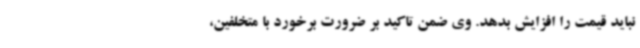
نباید قیمت را افزایش بدهد. وی ضمن تاکید بر ضرورت برخورد با متخلفین،